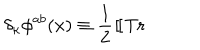
\delta _ { \kappa } \phi ^ { a b } ( x ) \equiv { \frac 1 2 } ~ [ \kern - 0 . 4 5 e m \llap ~ [ ~ \mathrm { T r } ~